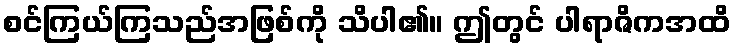
စင်ကြယ်ကြသည်အဖြစ်ကို သိပါ၏။ ဤတွင် ပါရာဇိကအထိ